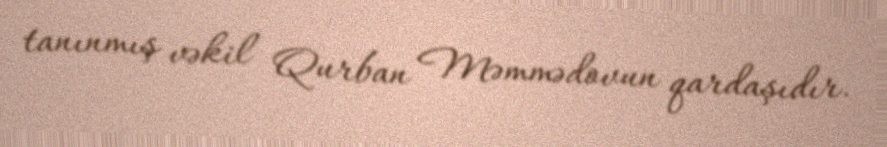
tanınmış vəkil Qurban Məmmədovun qardaşıdır.